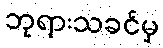
ဘုရားသခင်မှ